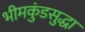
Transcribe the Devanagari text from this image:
भीमकुंडसुद्धा